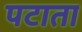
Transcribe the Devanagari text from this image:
पटाता